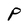
Character: P